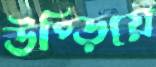
উপ্‌ড়িয়ে